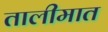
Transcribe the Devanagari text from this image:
तालीमात